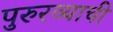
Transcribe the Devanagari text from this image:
पुरुरव्याची